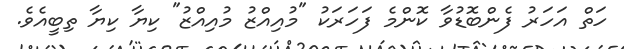
ހަތް އަހަރު ފެންބޮޑުވާ ކޮންމެ ފަހަރަކު "މުއިއްޒު މުއިއްޒު" ކިޔާ ކިޔާ ތިބީއެވެ.